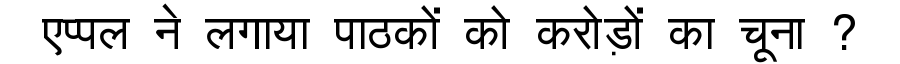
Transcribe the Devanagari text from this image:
एप्पल ने लगाया पाठकों को करोड़ों का चूना ?